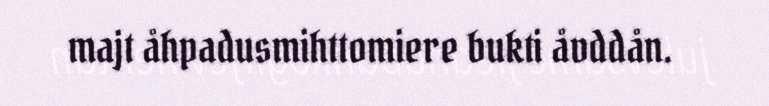
majt åhpadusmihttomiere bukti åvddån.